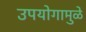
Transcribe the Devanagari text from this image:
उपयोगामुळे